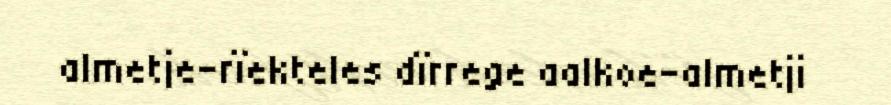
almetje-rïekteles dïrrege aalkoe-almetji